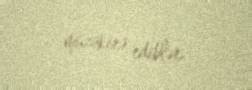
müzakirə ediblər.